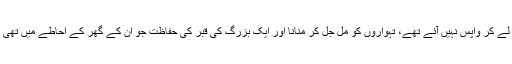
انہوں نے علامہ کے گھر جا کر ان کی زیارت بھی کی تھی اور کچھ اچھا تاثر لے کر واپس نہیں آئے تھے، تہواروں کو مل جل کر منانا اور ایک بزرگ کی قبر کی حفاظت جو ان کے گھر کے احاطے میں تھی اور مزید اس قسم کی تفصیلات جو کتاب میں تو ہیں لیکن مضمون میں نہیں ہیں۔